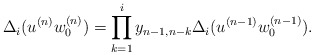
\begin{align*} \Delta_i(u^{(n)}w_0^{(n)})=\prod_{k=1}^{i}y_{n-1,n-k}\Delta_i(u^{(n-1)}w_0^{(n-1)}).\end{align*}